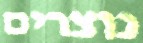
נוצרים